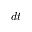
d t